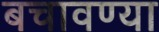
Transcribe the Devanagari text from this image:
बचावण्या